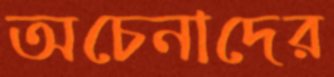
অচেনাদের